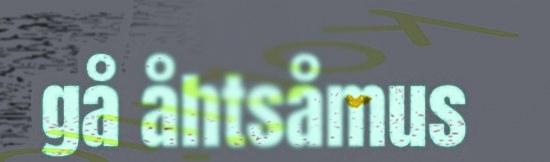
gå åhtsåmus